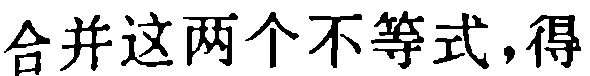
合并这两个不等式,得